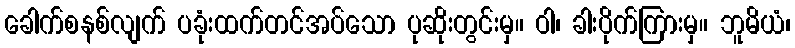
ခေါက်စနစ်လျက် ပခုံးထက်တင်အပ်သော ပုဆိုးတွင်းမှ။ ဝါ၊ ခါးပိုက်ကြားမှ။ ဘူမိယံ၊